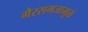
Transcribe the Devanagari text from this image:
गैरसमजामुळं